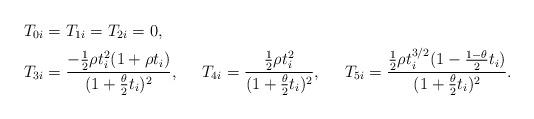
LaTeX: \begin{align*}T_{0i} &= T_{1i} = T_{2i} = 0, \\T_{3i} &= \frac{-\frac{1}{2} \rho t_i^2 (1 + \rho t_i)}{(1 + \frac{\theta}{2}t_i)^2}, &T_{4i} &= \frac{\frac{1}{2} \rho t_i^2 }{(1 + \frac{\theta}{2}t_i)^2}, &T_{5i} &= \frac{\frac{1}{2} \rho t_i^{3/2} (1-\frac{1-\theta}{2} t_i) }{(1 + \frac{\theta}{2}t_i)^2}.\end{align*}